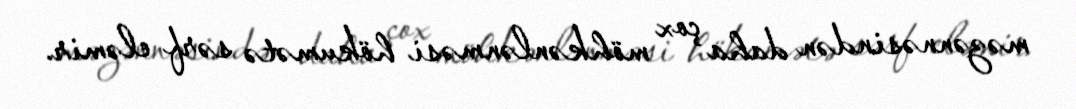
məzənnəsindən daha çox möhkənlənməsi hökumətə sərf eləmir.